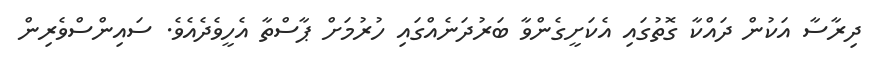
ދިރާސާ އަކުން ދައްކާ ގޮތުގައި އެކަށީގެންވާ ބަރުދަނެއްގައި ހުރުމަށް ޕާސްތާ އެހީވެދެއެވެ. ސައިންސްވެރިން